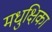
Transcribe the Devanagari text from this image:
मधुक्षिका